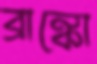
ব্রাঙ্কো